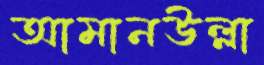
আমানউল্লা